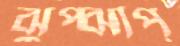
ঝুপ্ঝাপ্